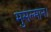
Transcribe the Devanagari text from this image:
मुसल्मान।